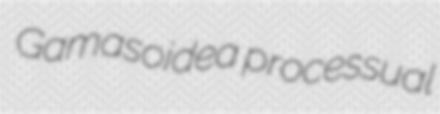
Gamasoidea processual